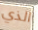
الذي